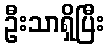
ဦးသာရှိပြီး